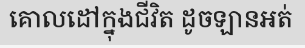
គោលដៅក្នុងជីវិត ដូចឡានអត់